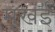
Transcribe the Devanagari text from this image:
मूखई